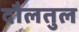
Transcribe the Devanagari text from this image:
दौलतुल